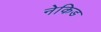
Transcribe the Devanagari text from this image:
नेकिड